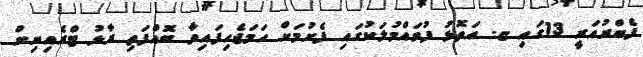
ފެބްރުއަރީ 13ގައި ޏ. އަތޮޅު ފުވައްމުލަކުގައި ފެށުމަށް ހަމަޖެހިފައިވާ ބޮއްފަތި ރާޅު ޓްރެއިނިން